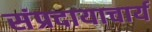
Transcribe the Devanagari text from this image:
संप्रदायाचार्य